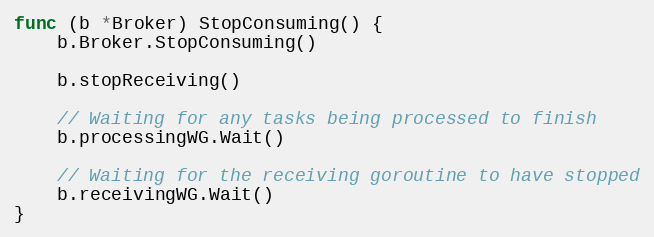
Language: Go
func (b *Broker) StopConsuming() {
	b.Broker.StopConsuming()

	b.stopReceiving()

	// Waiting for any tasks being processed to finish
	b.processingWG.Wait()

	// Waiting for the receiving goroutine to have stopped
	b.receivingWG.Wait()
}